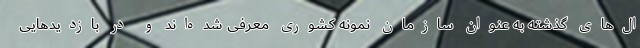
ال‌های گذشته به عنوان سازمان نمونه کشوری معرفی شده‌اند و در بازدیدهایی